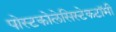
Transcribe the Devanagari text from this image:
पोस्टकोलेसिस्टेकटॉमी